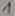
Text: 1